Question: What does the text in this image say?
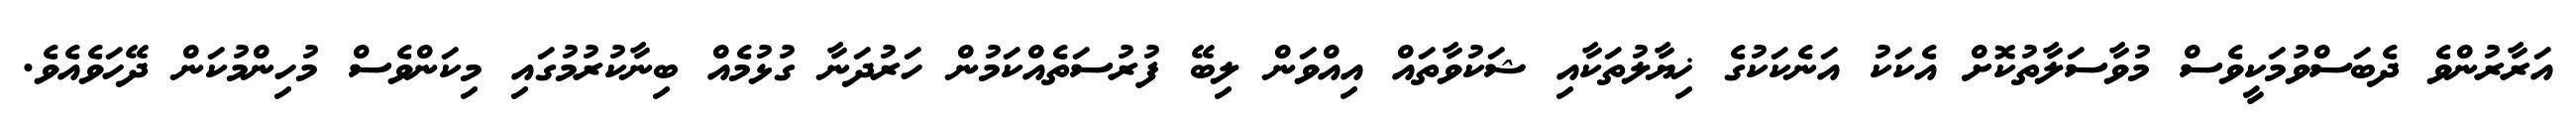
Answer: އަރާރުންވެ ދެބަސްވުމަކީވެސް މުވާސަލާތުކޮށް އެކަކު އަނެކަކުގެ ޚިޔާލުތަކާއި ޝަކުވާތައް އިއްވަން ލިބޭ ފުރުސަތެއްކަމުން ހަރުދަނާ ގުޅުމެއް ބިނާކުރުމުގައި މިކަންވެސް މުހިންމުކަން ދޭހަވެއެވެ.